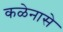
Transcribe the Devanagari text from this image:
कळेनासे